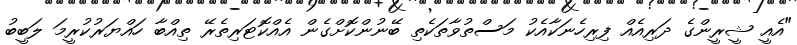
"އެއީ ޝީރީންގެ ދަރިއެއް ފިރިހެނަކާއެކު މަސްތުވާތަކެތި ބޭނުންކޮށްގެން އެއްކޮޓަރިތެރޭ ތިއްބާ ހައްޔަރުކުރީމަ ލަބީބު